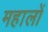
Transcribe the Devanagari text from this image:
महालों